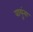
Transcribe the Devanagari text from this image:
वायूंना